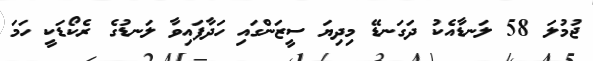
ޖުމުލަ 58 ލަނޑާއެކު ދަގަނޑޭ މިދިޔަ ސީޒަންގައި ހަދާފައިވާ ލަނޑުގެ ރެކޯޑަކީ ހަމަ